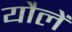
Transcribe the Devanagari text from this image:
यौलें